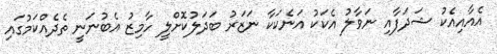
އެއާއިއެކު ޝަދަފާއި ނަވާލު އެކަކު އަނެކަކާ ނަޒަރު ބަދަލުކޮށްލީ ހާމިޒު އެބުނަނީ ތެދެއްކަމުގައި